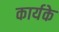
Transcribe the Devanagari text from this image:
कार्यके